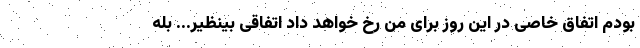
بودم اتفاق خاصی در این روز برای من رخ خواهد داد اتفاقی بینظیر... بله